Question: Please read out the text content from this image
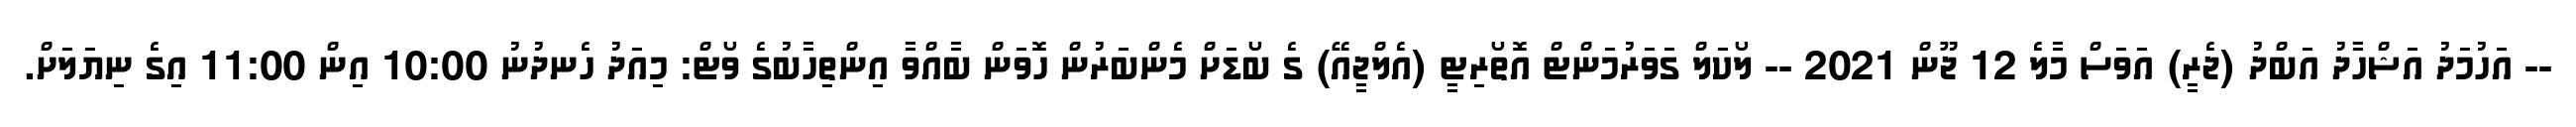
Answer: -- އަހުމަދު އަޝްހާދު އަބްދު (ޖެރީ) އަވަސް މާލެ 12 ޖޫން 2021 -- ލޯކަލް ގަވަރުމަންޓް އޮތޯރިޓީ (އެލްޖީއޭ) ގެ ބޯޑަށް މެންބަރުން ހޮވަން ބާއްވާ އިންތިހާބުގެ ވޯޓް: މިއަދު ހެނދުނު 10:00 އިން 11:00 އިގެ ނިޔަލަށް.